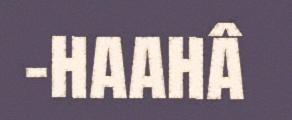
-haahâ